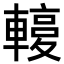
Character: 𨎙